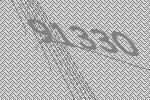
91330